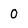
Character: O